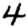
Digit: 4